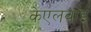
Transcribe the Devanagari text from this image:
केएलवाई